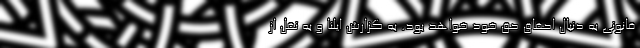
قانونی به دنبال احقاق حق خود خواهد بود. به گزارش ایلنا و به نقل از